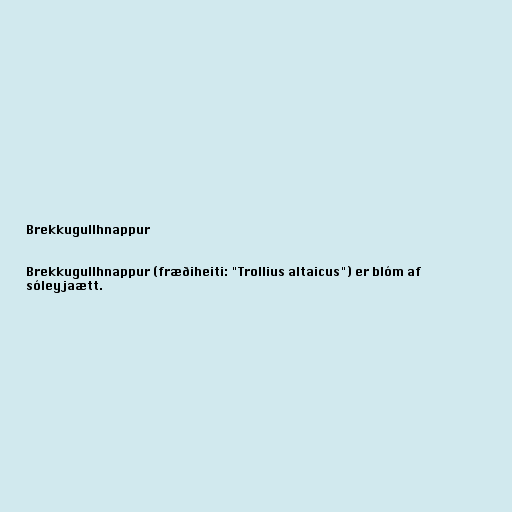
Brekkugullhnappur

Brekkugullhnappur (fræðiheiti: "Trollius altaicus") er blóm af
sóleyjaætt.